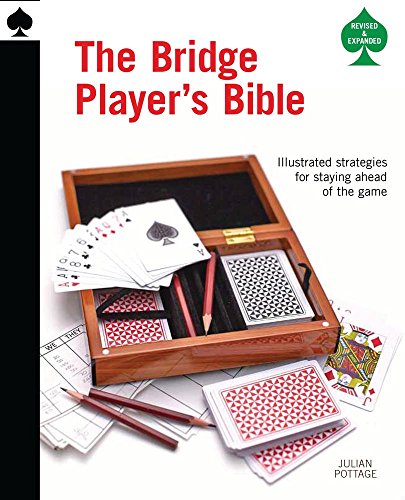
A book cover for The Bridge Player's Bible: Illustrated Strategies for Staying Ahead of the Game; Julian Pottage; Humor & Entertainment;